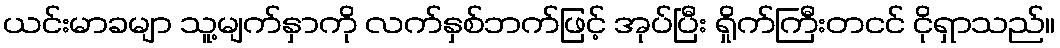
ယင်းမာခမျာ သူ့မျက်နှာကို လက်နှစ်ဘက်ဖြင့် အုပ်ပြီး ရှိုက်ကြီးတငင် ငိုရှာသည်။